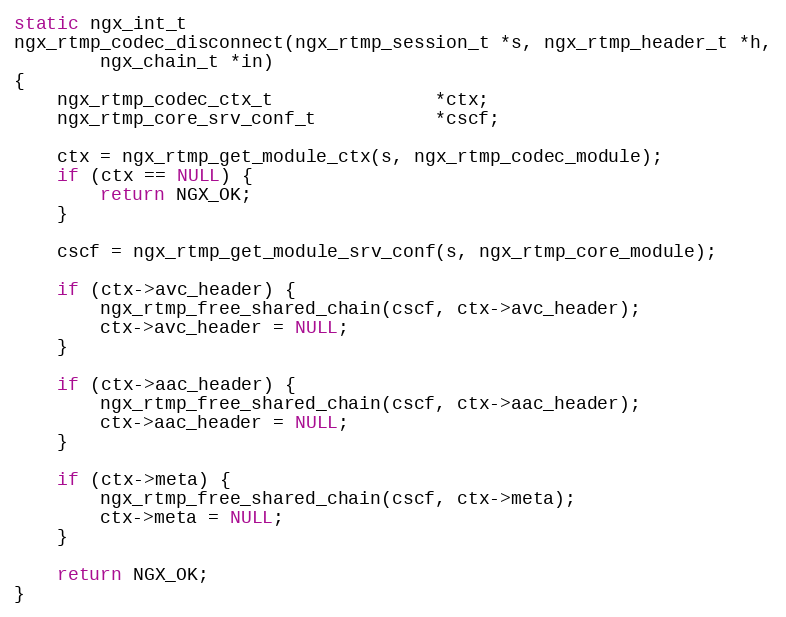
Language: C
static ngx_int_t
ngx_rtmp_codec_disconnect(ngx_rtmp_session_t *s, ngx_rtmp_header_t *h,
        ngx_chain_t *in)
{
    ngx_rtmp_codec_ctx_t               *ctx;
    ngx_rtmp_core_srv_conf_t           *cscf;

    ctx = ngx_rtmp_get_module_ctx(s, ngx_rtmp_codec_module);
    if (ctx == NULL) {
        return NGX_OK;
    }

    cscf = ngx_rtmp_get_module_srv_conf(s, ngx_rtmp_core_module);

    if (ctx->avc_header) {
        ngx_rtmp_free_shared_chain(cscf, ctx->avc_header);
        ctx->avc_header = NULL;
    }

    if (ctx->aac_header) {
        ngx_rtmp_free_shared_chain(cscf, ctx->aac_header);
        ctx->aac_header = NULL;
    }

    if (ctx->meta) {
        ngx_rtmp_free_shared_chain(cscf, ctx->meta);
        ctx->meta = NULL;
    }

    return NGX_OK;
}